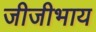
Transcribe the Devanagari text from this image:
जीजीभाय